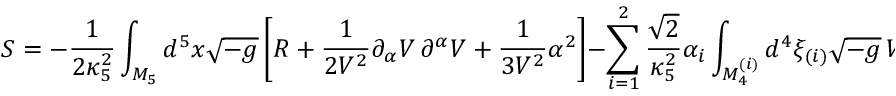
S = - \frac { 1 } { 2 \kappa _ { 5 } ^ { 2 } } \int _ { { \cal M } _ { 5 } } d ^ { 5 } x \sqrt { - g } \left[ R + \frac { 1 } { 2 V ^ { 2 } } \partial _ { \alpha } V \, \partial ^ { \alpha } V + \frac { 1 } { 3 V ^ { 2 } } \alpha ^ { 2 } \right] - \sum _ { i = 1 } ^ { 2 } \frac { \sqrt { 2 } } { \kappa _ { 5 } ^ { 2 } } \alpha _ { i } \int _ { { \cal M } _ { 4 } ^ { ( i ) } } d ^ { 4 } \xi _ { ( i ) } \sqrt { - g } \, V ^ { - 1 } \, ,